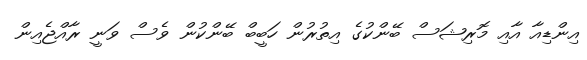
އިންޑިއާ އާއި މޮރިޝަސް ބޭންކުގެ އިތުރުން ހަބީބް ބޭންކުން ވެސް ވަނީ ރާއްޖެއިން